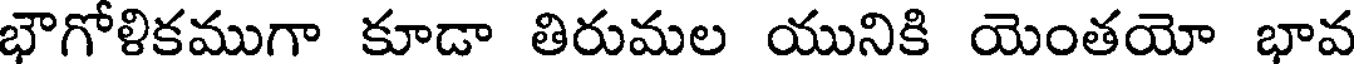
భౌగోళికముగా కూడా తిరుమల యునికి యెంతయో భావ